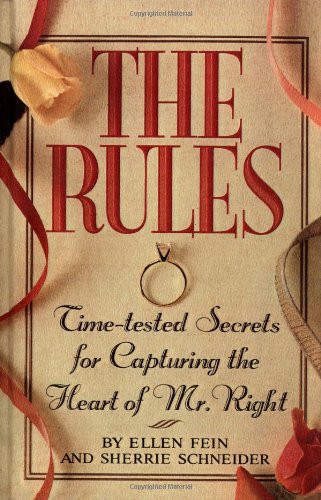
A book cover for The Rules (TM): Time-Tested Secrets for Capturing the Heart of Mr. Right; Sherrie Schneider; Self-Help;